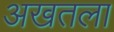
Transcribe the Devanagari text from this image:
अखतला